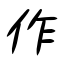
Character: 作